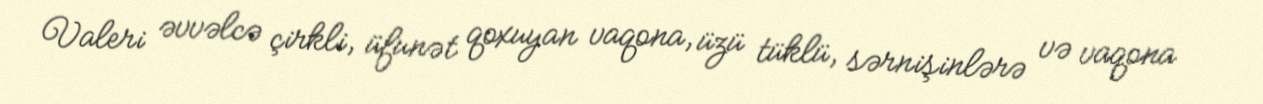
Valeri əvvəlcə çirkli, üfunət qoxuyan vaqona, üzü tüklü, sərnişinlərə və vaqona